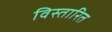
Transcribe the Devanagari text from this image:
विस्तारित